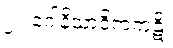
၂။ ဂေါနိသာဒိကကုဋိ၊